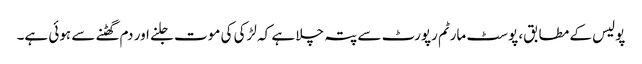
پولیس کے مطابق، پوسٹ مارٹم رپورٹ سے پتہ چلا ہے کہ لڑکی کی موت جلنے اور دم گھٹنے سے ہوئی ہے۔